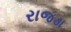
રાજડા